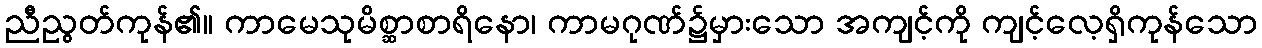
ညီညွတ်ကုန်၏။ ကာမေသုမိစ္ဆာစာရိနော၊ ကာမဂုဏ်၌မှားသော အကျင့်ကို ကျင့်လေ့ရှိကုန်သော